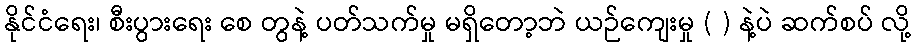
နိုင်ငံရေး၊ စီးပွားရေး စေ တွနဲ့ ပတ်သက်မှု မရှိတော့ဘဲ ယဉ်ကျေးမှု ( ) နဲ့ပဲ ဆက်စပ် လို့